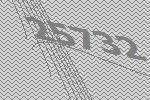
25732